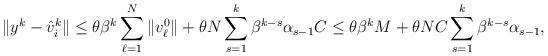
LaTeX: \begin{align*} \|y^k-\hat v_i^k\| \leq \theta \beta^{k}\sum_{\ell=1}^{N}\|v_\ell^0\|+ \theta N\sum_{s=1}^{k} \beta^{k-s}\alpha_{s-1} C \le \theta \beta^{k}M +\theta NC\sum_{s=1}^{k} \beta^{k-s}\alpha_{s-1},\end{align*}